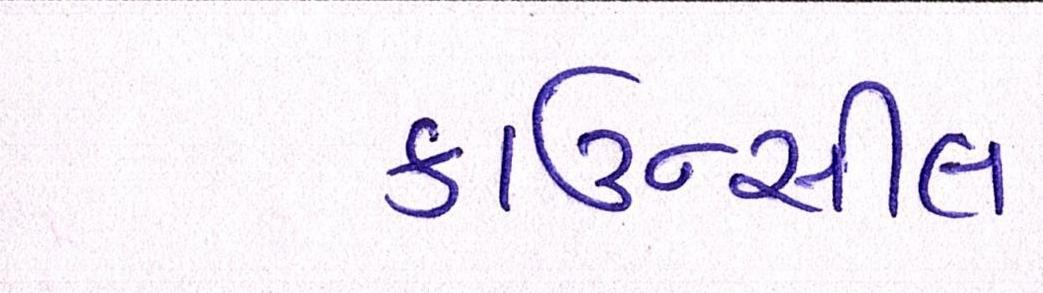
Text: કાઉન્સીલ